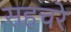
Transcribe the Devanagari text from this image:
सहचरे